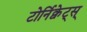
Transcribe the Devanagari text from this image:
टोर्निक्वेट्स्